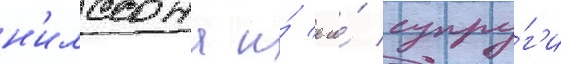
н'илссона и́ его́ супру́г'и